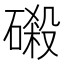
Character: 𰧖